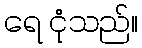
ရေ ငုံသည်။